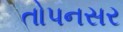
તોપનસર